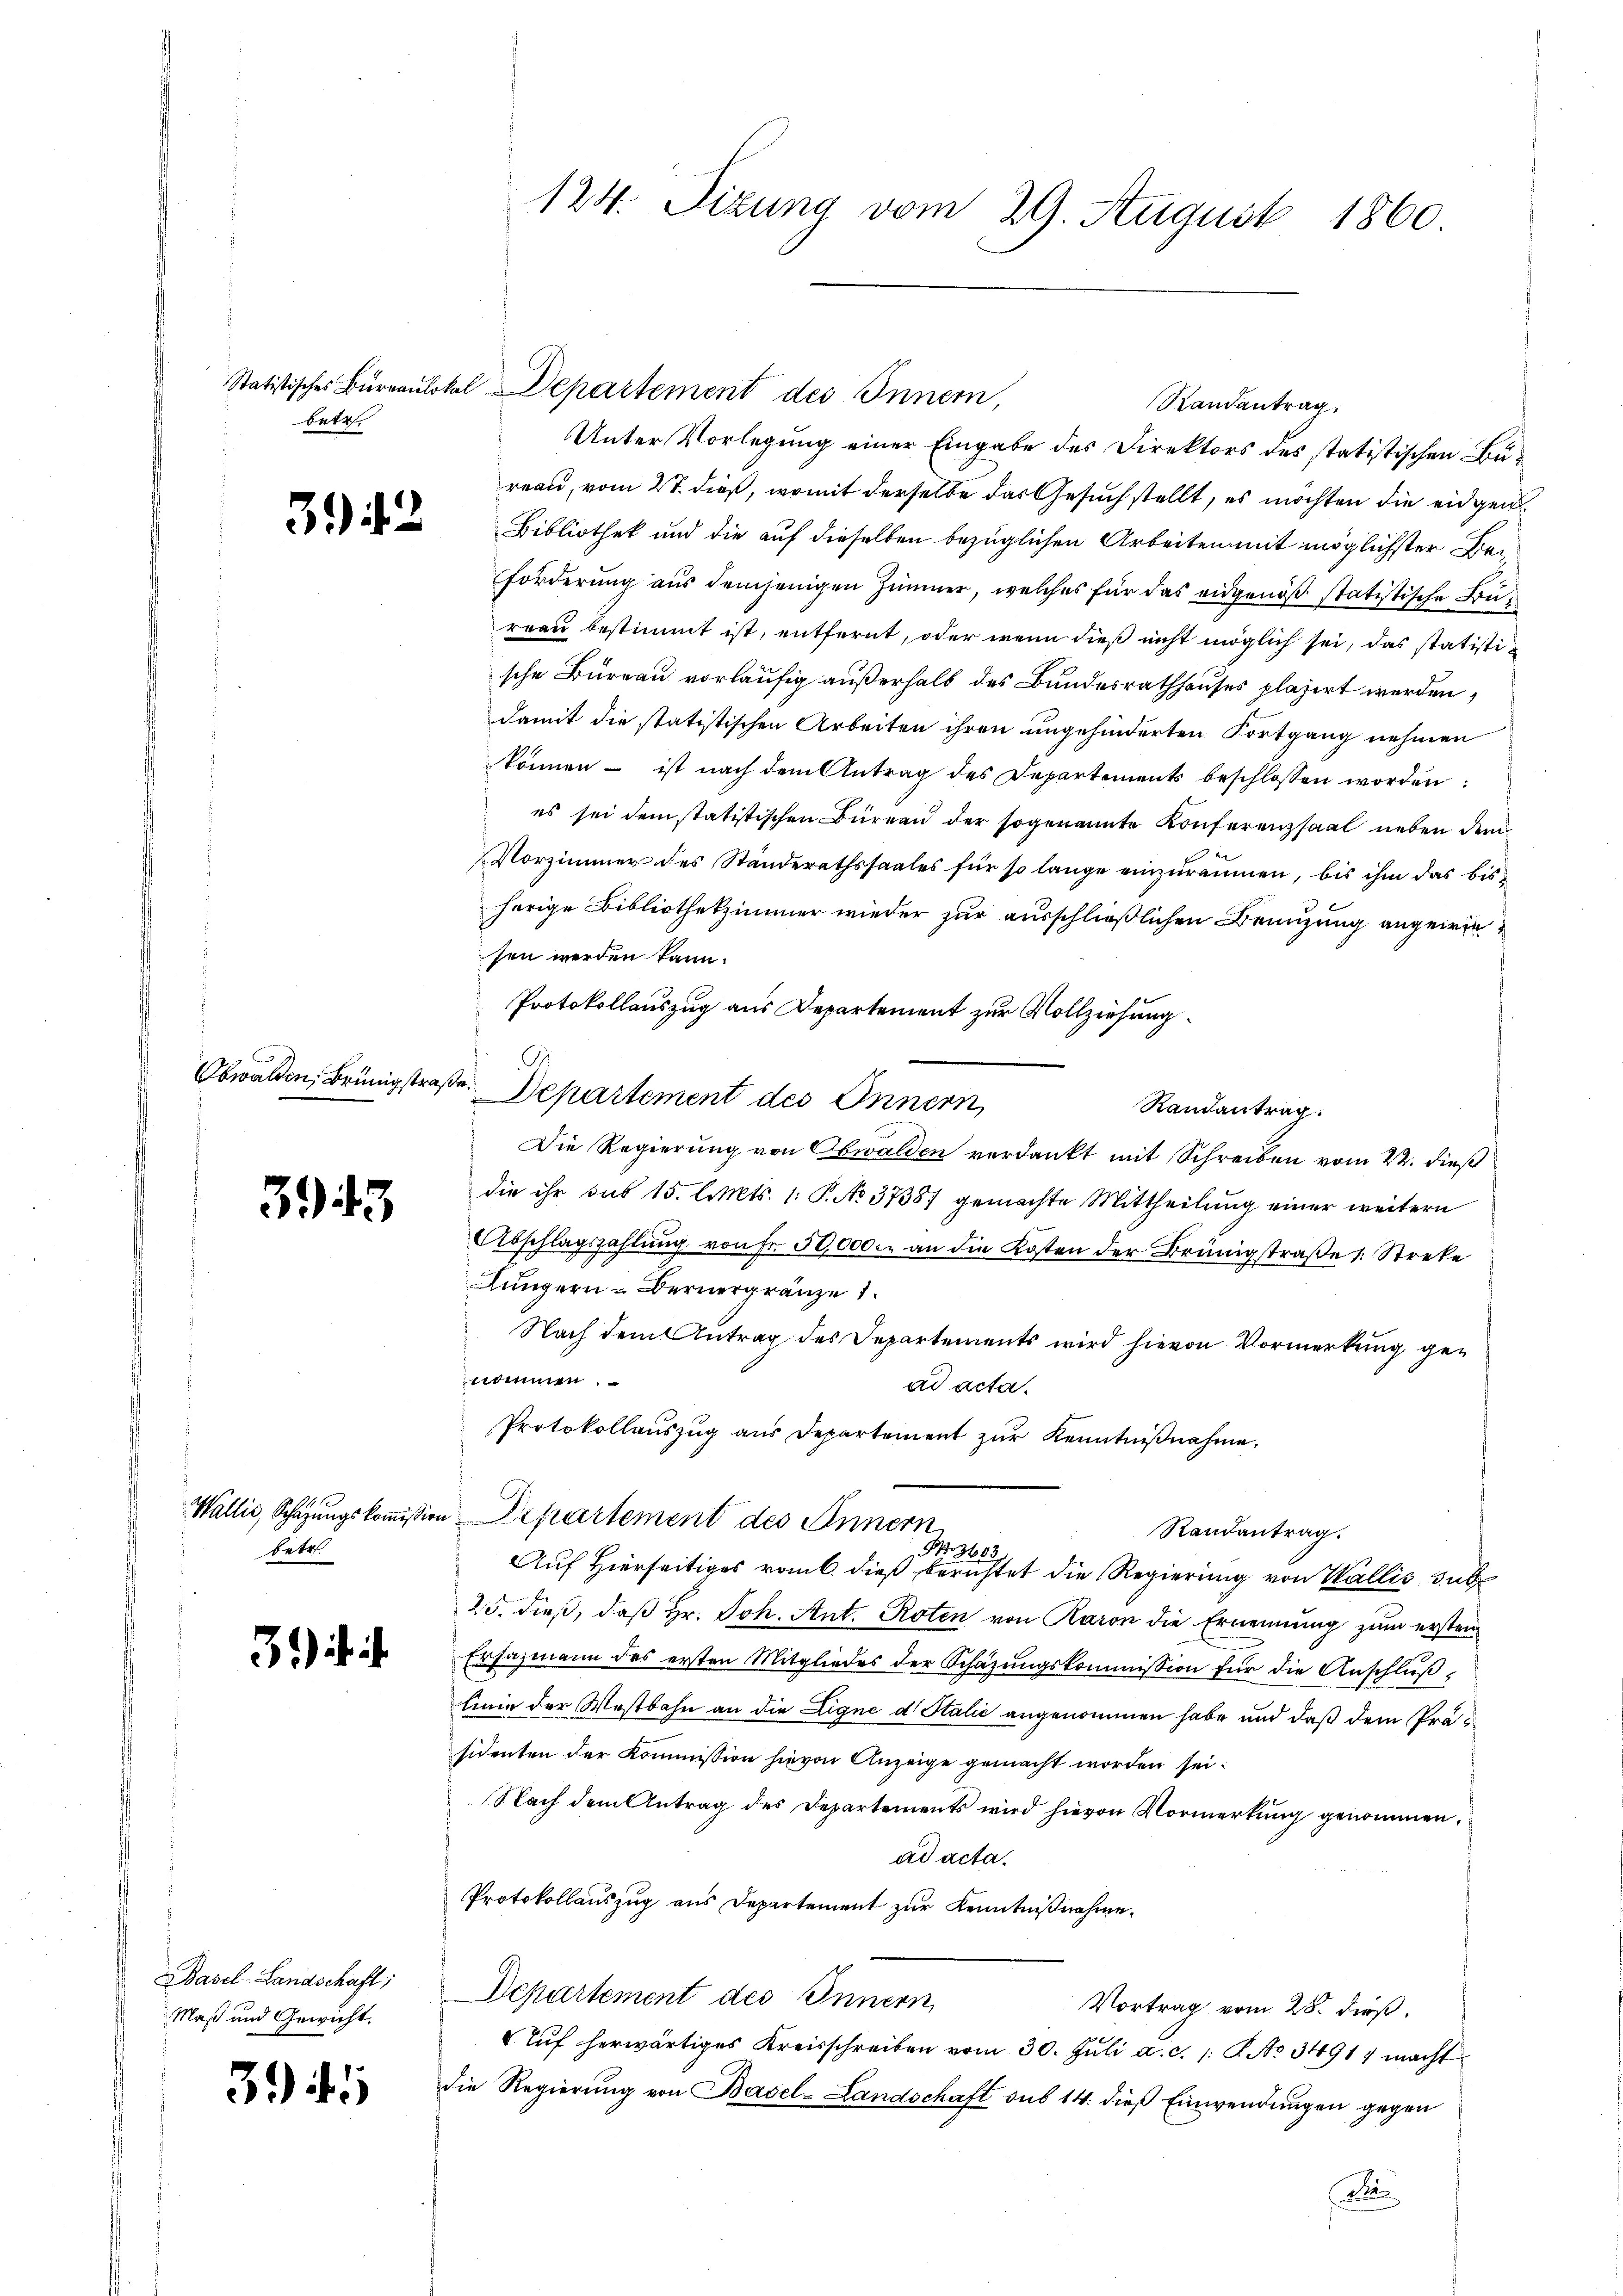
betr.

32

Obwalden, Brünigstraße.

31)

5

betr.

31)

Basel-Landschaft;
Maß und Gewicht.

394

Randantrag:
Unter Vorlegung einer Eingabe des Direktors des statistischen Büreau, vom 27. dieß, womit derselbe das Gesuch stellt, es möchten die eidgen¬
Bibliothek und die auf dieselben bezüglichen Arbeiten mit möglichster Be¬
Forderung aus demjenigen Zimmer, welches für das eidgenöß statistische Bureau bestimmt ist, entfernt, oder wenn dieß nicht möglich sei, das statistische Büreau vorläufig außerhalb des Bundesrathhauses plazirt werden,
damit die statistischen Arbeiten ihren ungehinderten Fortgang nehmen
können - ist nach dem Antrag des Departements beschlossen worden:
es sei den statistischen Büreau der sogenannte Konferenzsaal neben dem
Vorzimmer des Ständerathssaales für so lange einzuräumen, bis ihm das bisherige Bibliothekzimmer wieder zur ausschließlichen Branzung angewie
sen werden kann.
Protokollauszug aus Departement zur Vollziehung
Departement des Innern,
Randantrag.
Die Regierung von Obwalden verdankt mit Schreiben vom 22. dieß
die ihr sub 15. l. Mts. 1. P. No 37387 gemachte Mittheilŭng einer weitern
Abschlagszahlung von Fr. 50,000 an die Kosten der Brünigstraße 1. Streke
Lungern - Bernergränze 1
Nach dem Antrag des Departements wird hievon Vormerkung genommen
ad acta.
Protokollauszug aus Departement zŭr Kenntnißnahme.
Wallis, Schazungskommißion Departement des Innern
Randantrag.
Nr. 3483
Auf Hierseitiges vom 6. dieß berichtet die Regierung von Wallis sub
25. dieß, daß Hr. Joh. Ant. Roten von Raron die Ernennung zum ersten
Ersazmann des ersten Mitgliedes der Schäzŭngskommission für die Anschlŭβ
linie der Westbahn an die Ligne d. Stalić angenommen habe und daß dem Präsidenten der Kommission hievon Anzeige gemacht worden sei.
Nach dem Antrag des Departements wird hievon Vormerkŭng genommen.
ad acta.
Protokollauszug aus Departement zur Kenntnißnahme.
Departement des Innern,
Vortrag vom 28. dieß.
Tŭf herwärtiges Kreisschreiben vom 30. Jŭli a. c. 1 S. No 3491, macht
die Regierung von Basel-Landschaft sub 14. dieß Einwendungen gegen
Der

124. Sizung vom 29. August 1860

Statistisches Bureaulokal Departement des Innern,

G